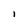
Character: I